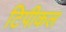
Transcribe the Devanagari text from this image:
टिपीकल